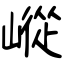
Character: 嵷